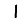
Digit: 1